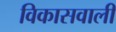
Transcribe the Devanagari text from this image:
विकासवाली